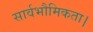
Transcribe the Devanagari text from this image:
सार्वभौमिकता।